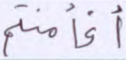
أفأمنتم